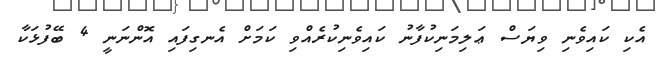
އެކި ކައިވެނި ވިޔަސް ޢަލިމަނިކުފާނު ކައިވެނިކުރެއްވި ކަމަށް އެނގިފައި އޮންނަނީ 4 ބޭފުޅަކާ